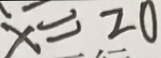
x = 2 0